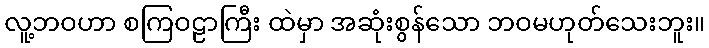
လူ့ဘဝဟာ စကြဝဠာကြီး ထဲမှာ အဆုံးစွန်သော ဘဝမဟုတ်သေးဘူး။